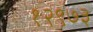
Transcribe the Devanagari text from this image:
१२९७३